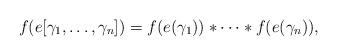
LaTeX: \begin{align*} f(e[\gamma_{1},\dots,\gamma_{n}]) = f(e(\gamma_{1}))\ast\cdots\ast f(e(\gamma_{n})),\end{align*}